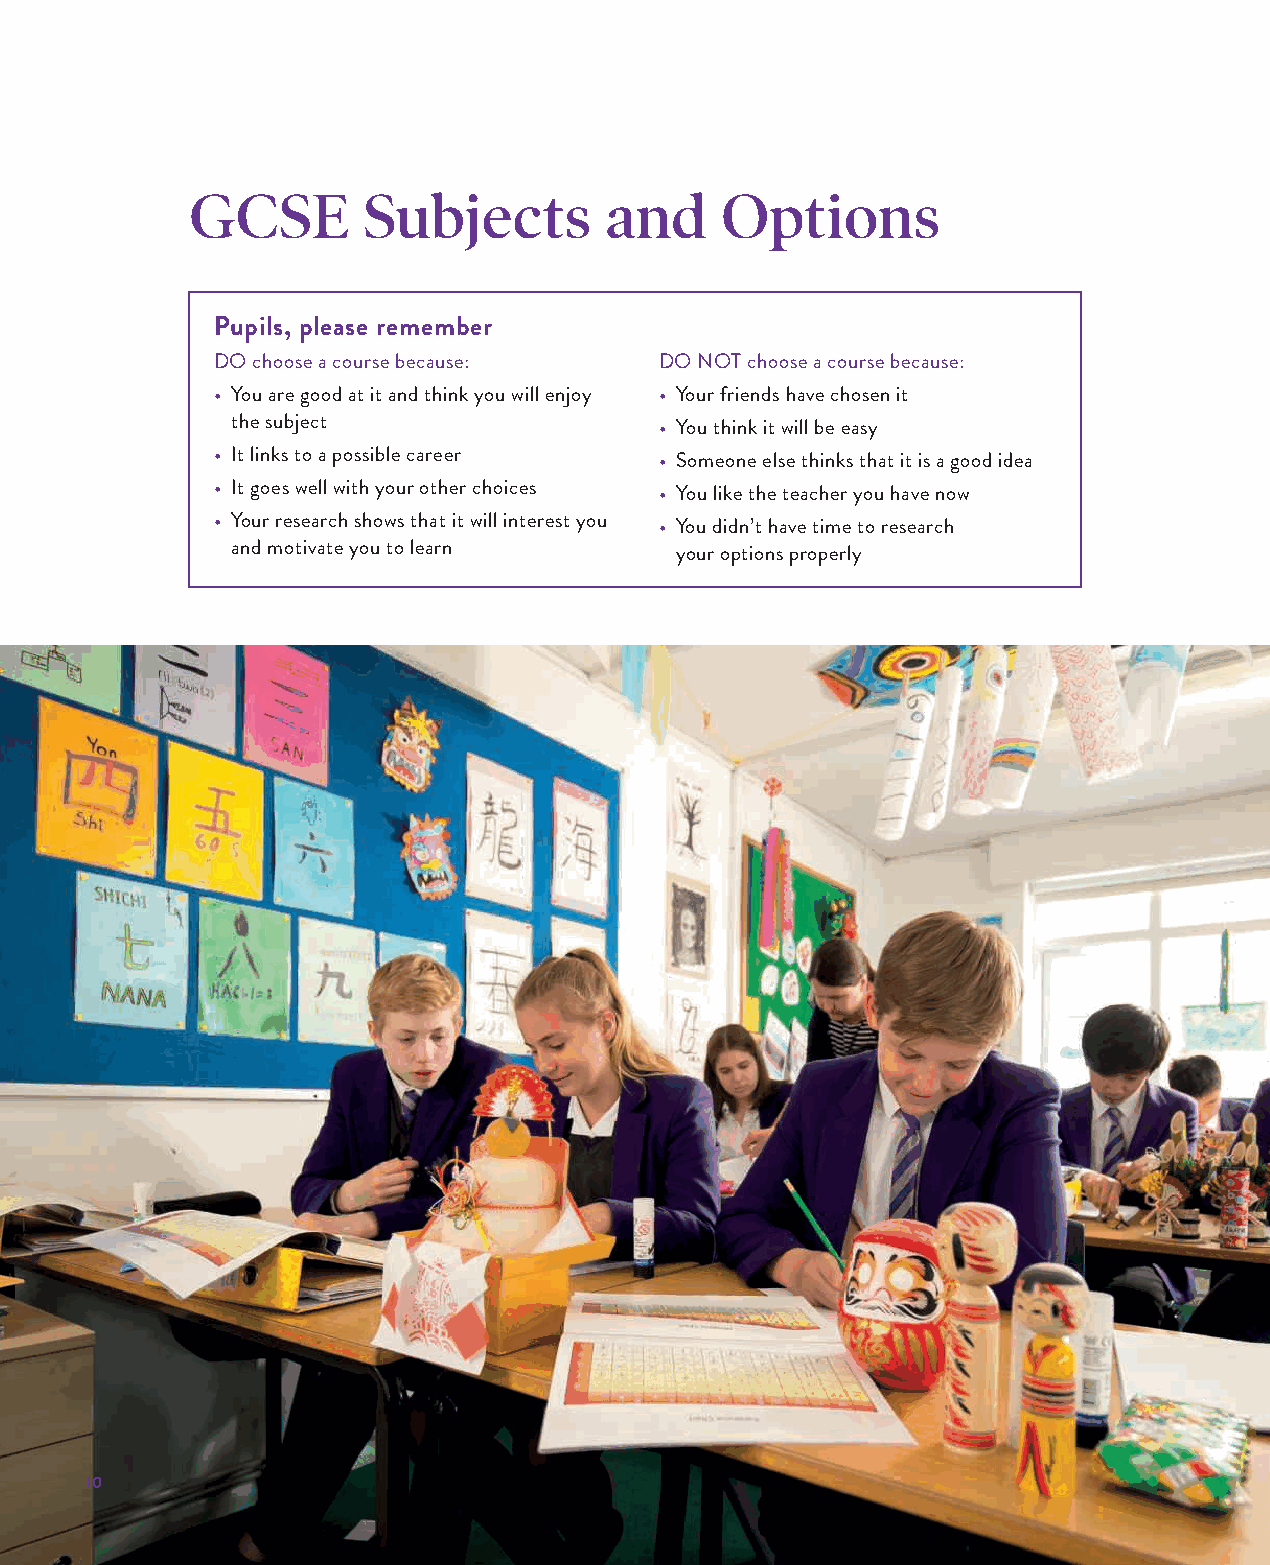
GCSE       Subjects        and     Options
 Pupils, please remember
 DO choose a course because:   DO NOT choose a course because:
 • You are good at it and think you will enjoy • Your friends have chosen it
 the subject                  • You think it will be easy
 • It links to a possible career • Someone else thinks that it is a good idea
 • It goes well with your other choices • You like the teacher you have now
 • Your research shows that it will interest you • You didn’t have time to research
 and motivate you to learn     your options properly
 10
 WWYYCC//006600 99--1111 FFoorrmm GGuuiiddee 22002222 AAWW..iinndddd 1100  1122//0088//22002211 1144::4499